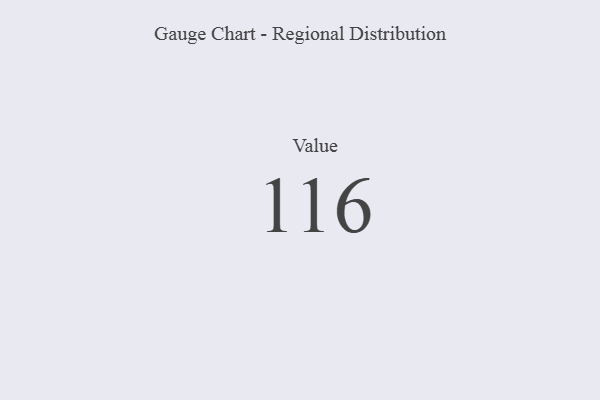
{"axis": {"x": "Metric", "y": "Value"}, "legend": [""], "data": [{"x": "Value", "y": 116, "type": ""}]}